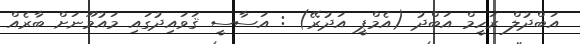
އަބްދުލް ރަހީމް އަބްދު (އެމްޕީ އަދުރޭ) : އަސާސީ ޤަވައިދުގައި މައުމޫނަށް ބާރެއް